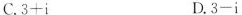
C.$$3 + i$$ D.$$3 - i$$